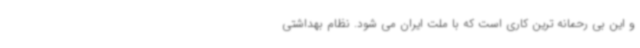
و این بی رحمانه ترین کاری است که با ملت ایران می شود. نظام بهداشتی